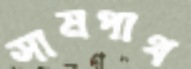
সামপাথ